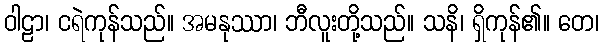
ဝါဠာ၊ ငရဲကုန်သည်။ အမနုဿာ၊ ဘီလူးတို့သည်။ သနိ၊ ရှိကုန်၏။ တေ၊